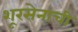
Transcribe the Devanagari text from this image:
शूरसेनाची